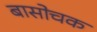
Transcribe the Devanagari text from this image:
बासोचक